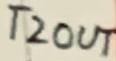
Text: T2OUT